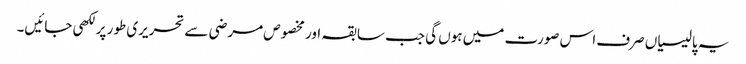
یہ پالیسیاں صرف اس صورت میں ہوں گی جب سابقہ اور مخصوص مرضی سے تحریری طور پر لکھی جائیں۔